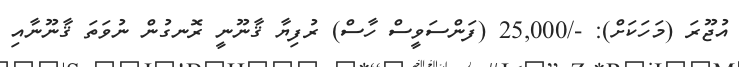
އުޖޫރަ (މަހަކަށް): -/25